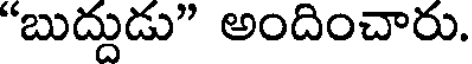
"బుద్దుడు" అందించారు.